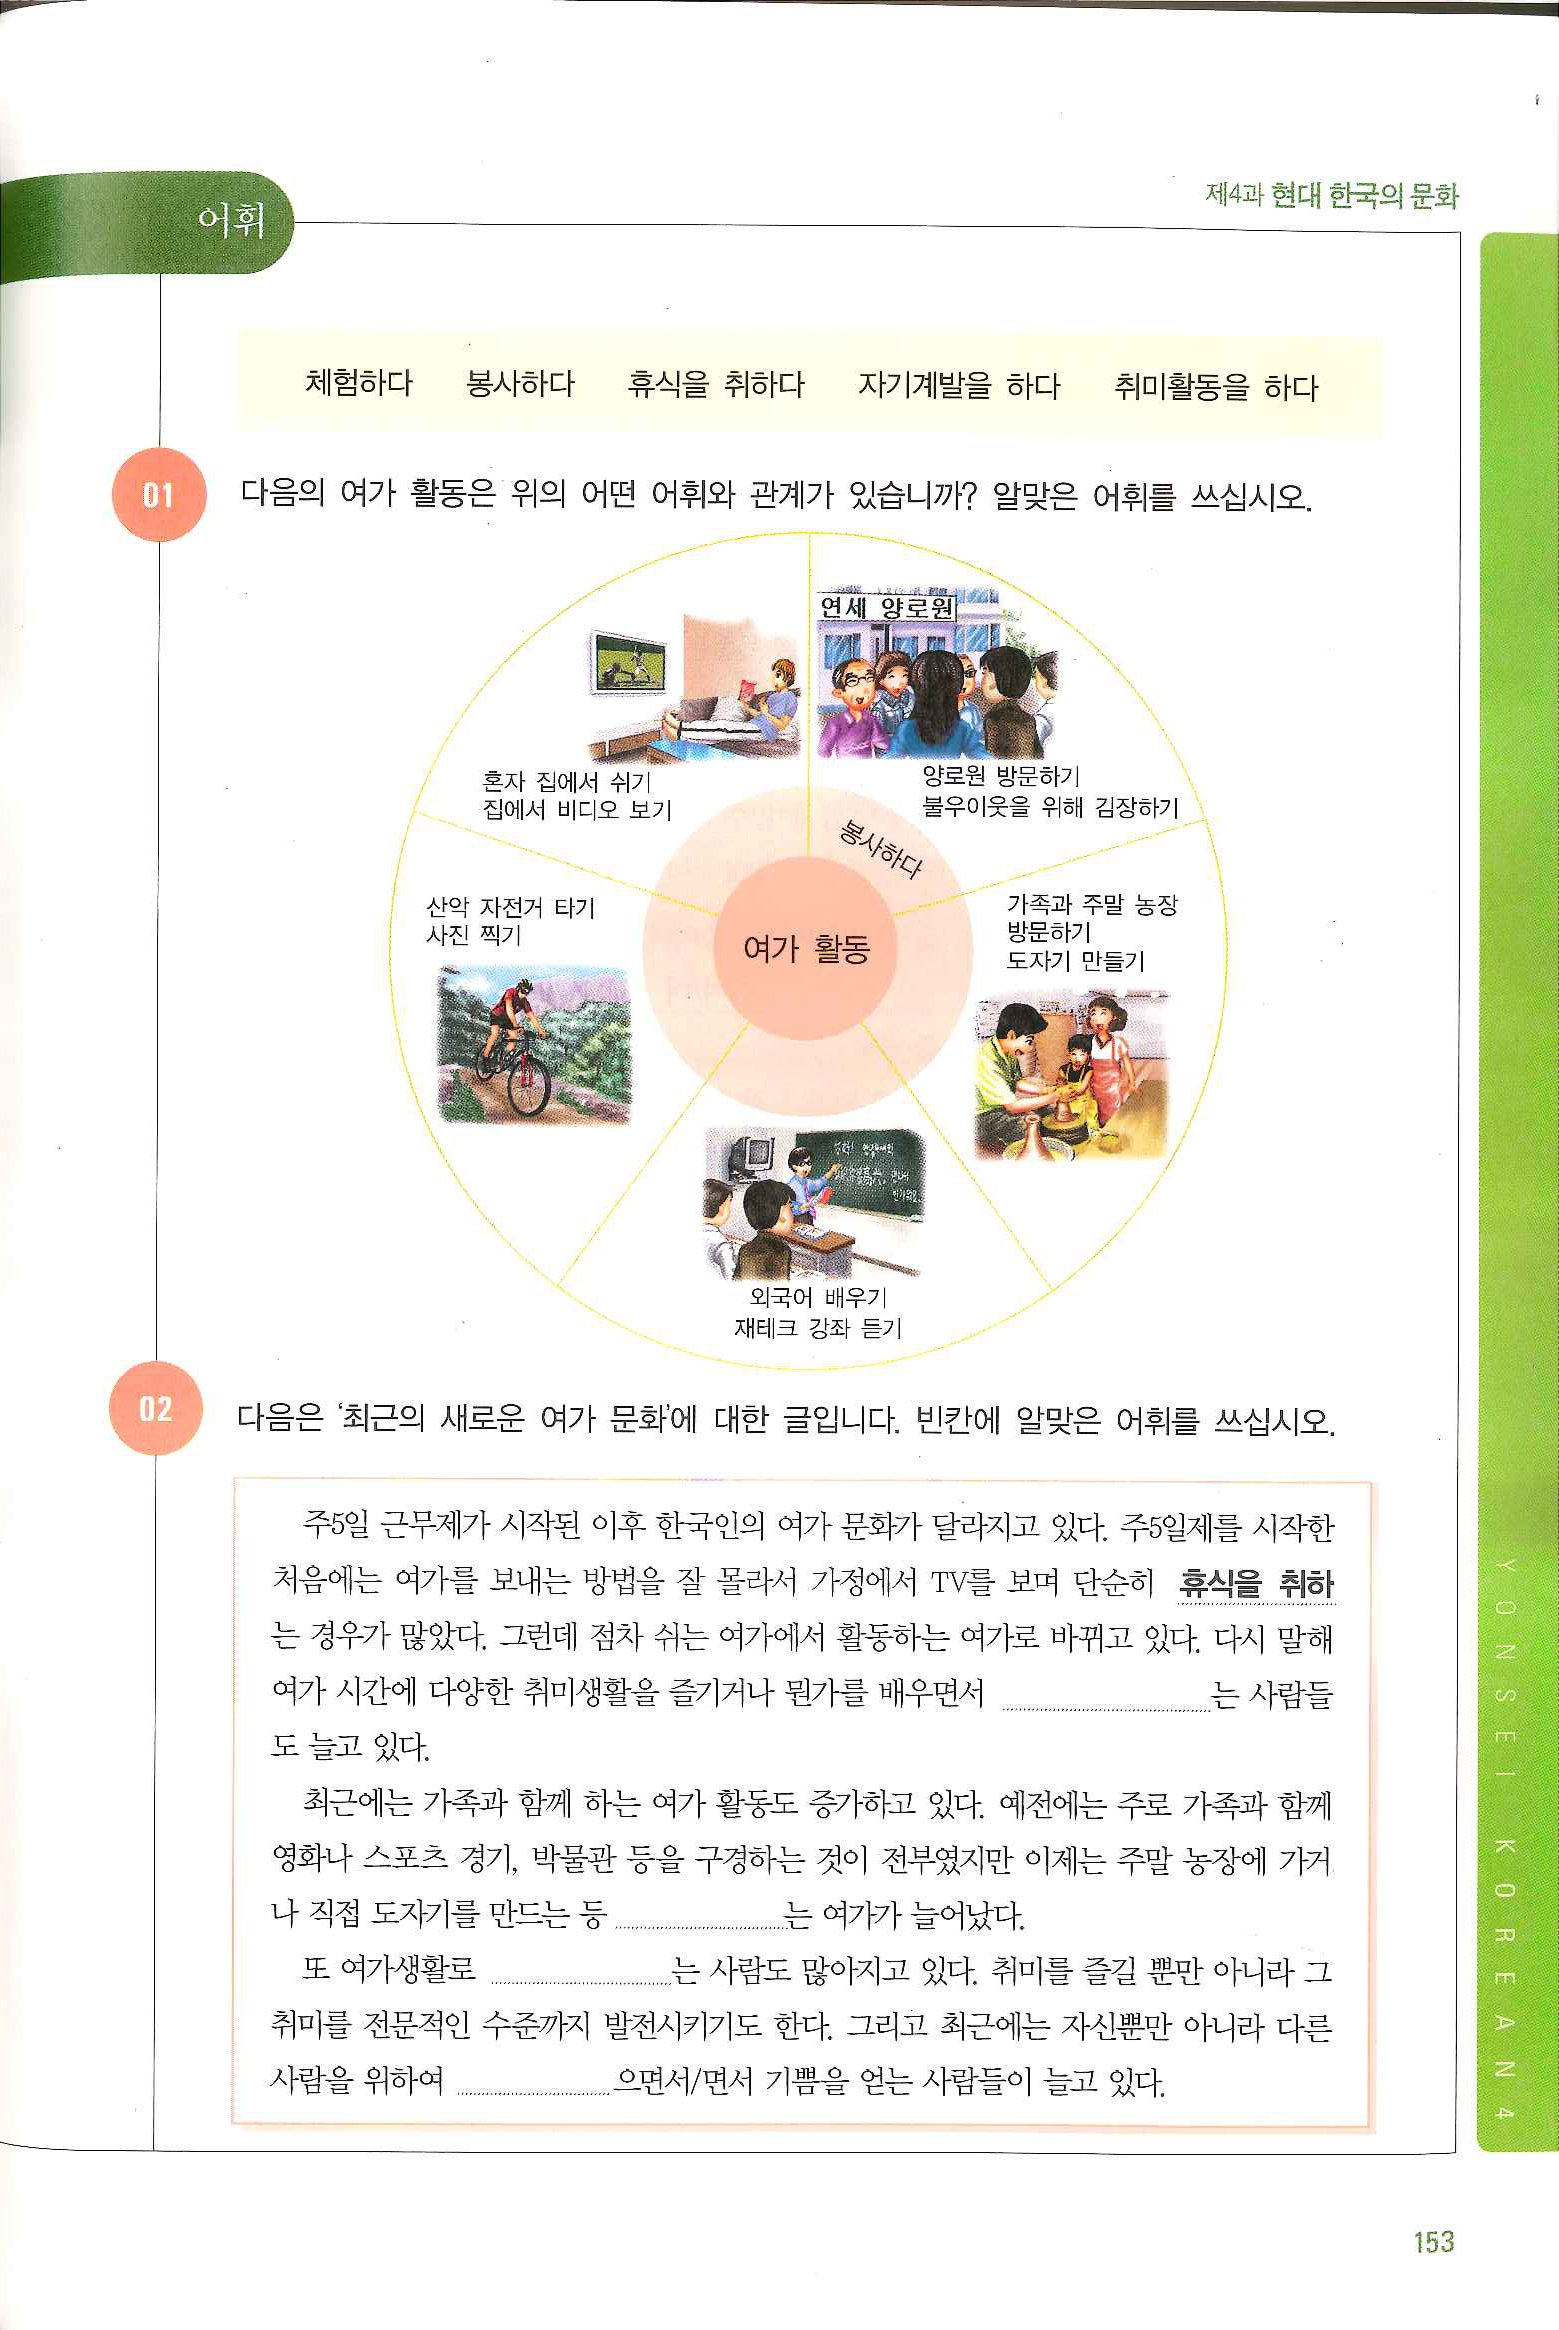
Language: ko